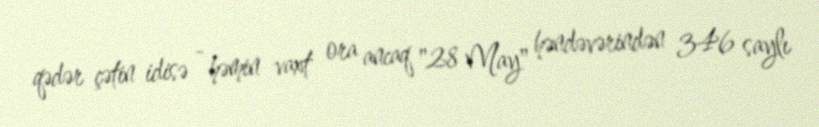
qədər çətin idisə - həmin vaxt ora ancaq "28 May" həndəvərindən 346 saylı